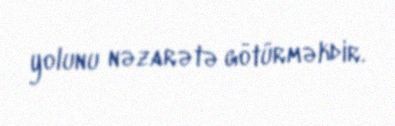
yolunu nəzarətə götürməkdir.